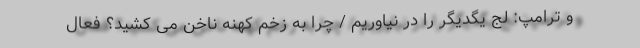
و ترامپ: لج یگدیگر را در نیاوریم / چرا به زخم کهنه ناخن می کشید؟ فعال